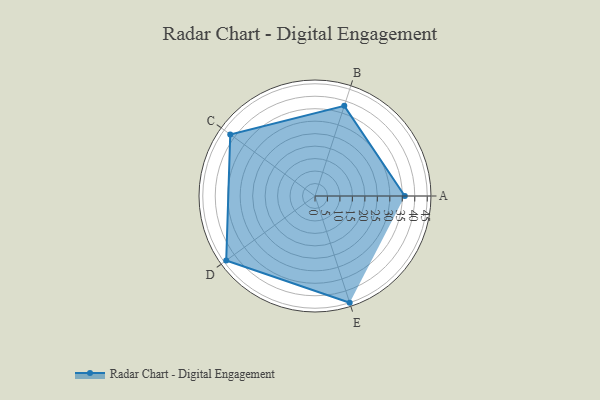
{"axis": {"x": "Skill", "y": "Score"}, "legend": ["Profile"], "data": [{"x": "A", "y": 36.0, "type": "Profile"}, {"x": "B", "y": 38.0, "type": "Profile"}, {"x": "C", "y": 42.0, "type": "Profile"}, {"x": "D", "y": 44.0, "type": "Profile"}, {"x": "E", "y": 45.0, "type": "Profile"}]}